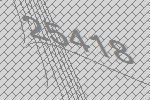
25418